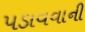
પડાવવાની